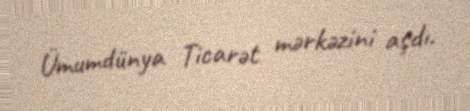
Ümumdünya Ticarət mərkəzini aşdı.